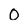
Character: 0